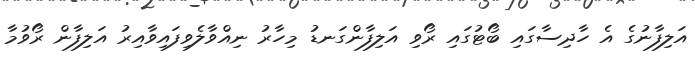
އަލިފާނުގެ އެ ހާދިސާގައި ބޯޓުގައި ރޯވި އަލިފާންގަނޑު މިހާރު ނިއްވާލެވިފައިވާއިރު އަލިފާން ރޯވުމާ